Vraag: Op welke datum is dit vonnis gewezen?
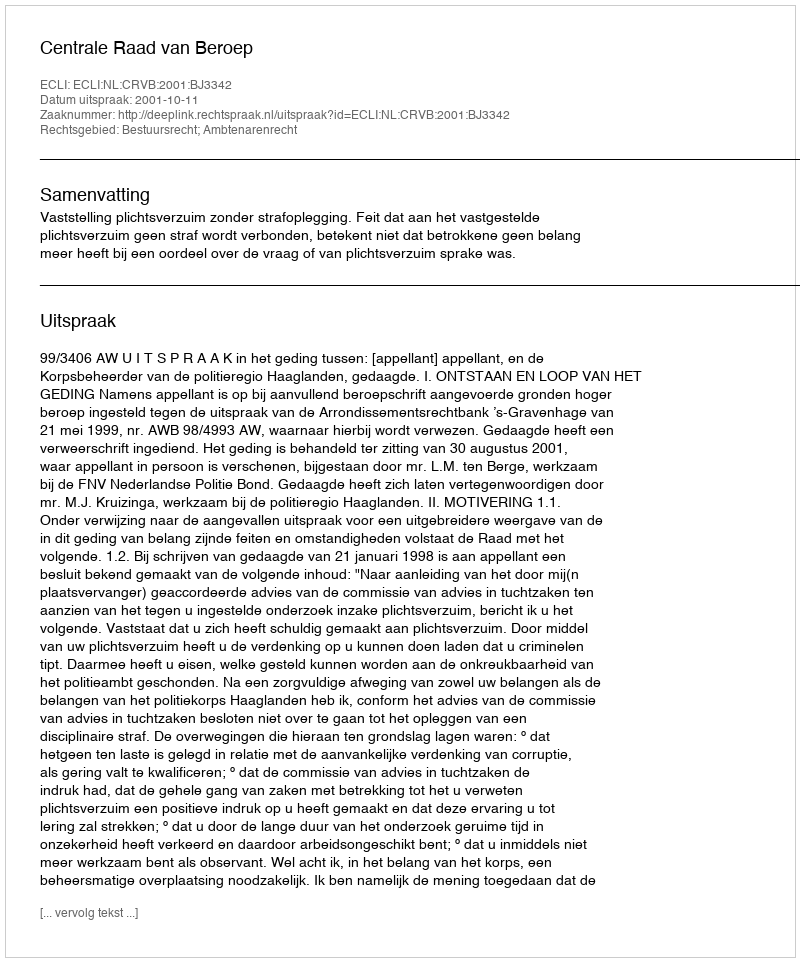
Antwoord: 2001-10-11